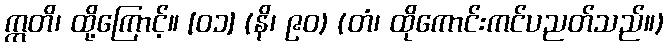
ဣတိ၊ ထို့ကြောင့်။ [၀၁] (နိ၊ ၉၀) (တံ၊ ထိုကောင်းကင်ပညတ်သည်။)